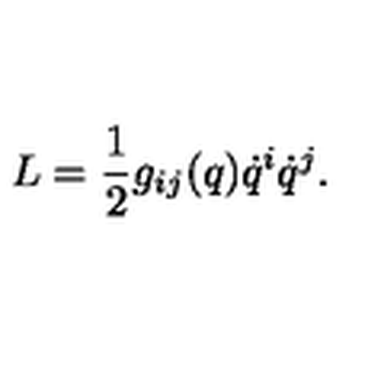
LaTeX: L = \frac { 1 } { 2 } g _ { i j } ( q ) \dot { q } ^ { i } \dot { q } ^ { j } .